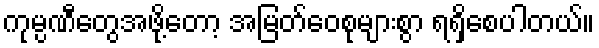
ကုမ္ပဏီတွေအဖို့တော့ အမြတ်ဝေစုများစွာ ရရှိစေပါတယ်။